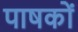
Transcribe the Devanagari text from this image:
पाषकों